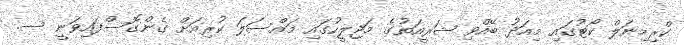
ކްރިމިނަލް ކޯޓުގައި މިއަދު ބޭއްވި ޝަރީއަތުގެ މަޖިލީހުގައި މައްސަލަ ކުރިއަށް ގެންގޮސްފައިވަނީ ސ.